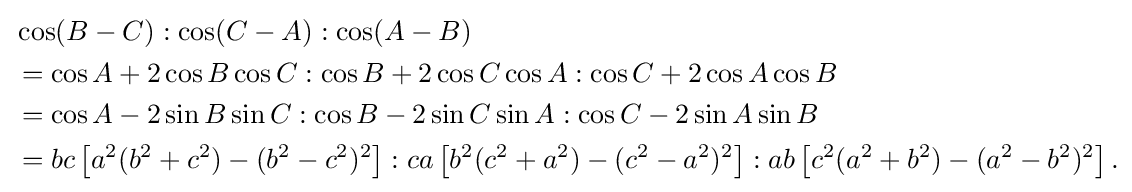
{\begin{aligned}&\cos(B-C):\cos(C-A):\cos(A-B)\\&=\cos A+2\cos B\cos C:\cos B+2\cos C\cos A:\cos C+2\cos A\cos B\\&=\cos A-2\sin B\sin C:\cos B-2\sin C\sin A:\cos C-2\sin A\sin B\\&=bc\left[a^{2}(b^{2}+c^{2})-(b^{2}-c^{2})^{2}\right]:ca\left[b^{2}(c^{2}+a^{2})-(c^{2}-a^{2})^{2}\right]:ab\left[c^{2}(a^{2}+b^{2})-(a^{2}-b^{2})^{2}\right].\end{aligned}}